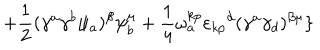
+ { \frac { 1 } { 2 } } ( \gamma ^ { a } \gamma ^ { b } \psi _ { a } ) ^ { \beta } \psi _ { b } ^ { \mu } + { \frac { 1 } { 4 } } \omega _ { a } ^ { k p } { \varepsilon _ { k p } } ^ { d } ( \gamma ^ { a } \gamma _ { d } ) ^ { \beta \mu } \}